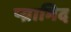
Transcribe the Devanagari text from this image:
प्य्रामिद